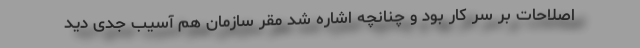
اصلاحات بر سر کار بود و چنانچه اشاره شد مقر سازمان هم آسیب جدی دید